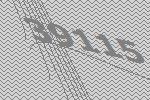
39115